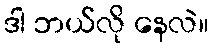
ဒါ ဘယ်လို နေလဲ။